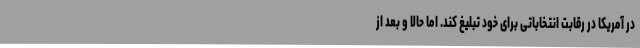
در آمریکا در رقابت انتخاباتی برای خود تبلیغ کند. اما حالا و بعد از